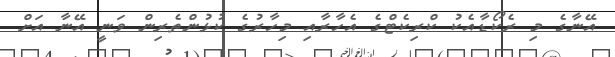
އޭނާގެ މި ރެކޯޑާއެކު ކްރިކެޓްގެ އެހާރާއި މިހާރުގެ ކުޅުންތެރިން ވަނީ އޭނާ އަށް